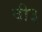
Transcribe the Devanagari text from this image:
वी३